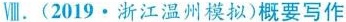
Ⅷ.(2019.浙江温州模拟)概要写作